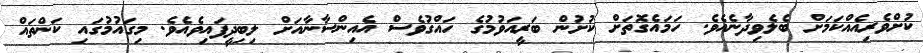
ކުށްވެރިއެއްކަމަށް ބެލެވިދާނެއެވެ. ހަމައެގޮތަށް ކުށުން ބަރީއަވުމުގެ ހައްގުވެސް އެއިންސާނާއަށް ލިބިދީފައިވެއެވެ. މިގައުމުގައި ކަންތައް